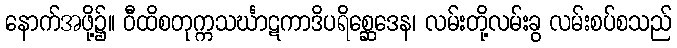
နောက်အဖို့၌။ ဝီထိစတုက္ကသင်္ဃာဋကာဒိပရိစ္ဆေဒေန၊ လမ်းတို့လမ်းခွ လမ်းစပ်စသည်